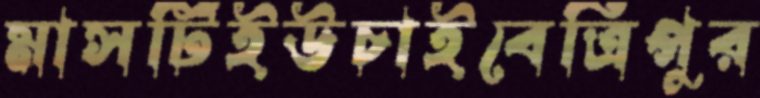
মাসটিইউচাইবেত্রিপুর